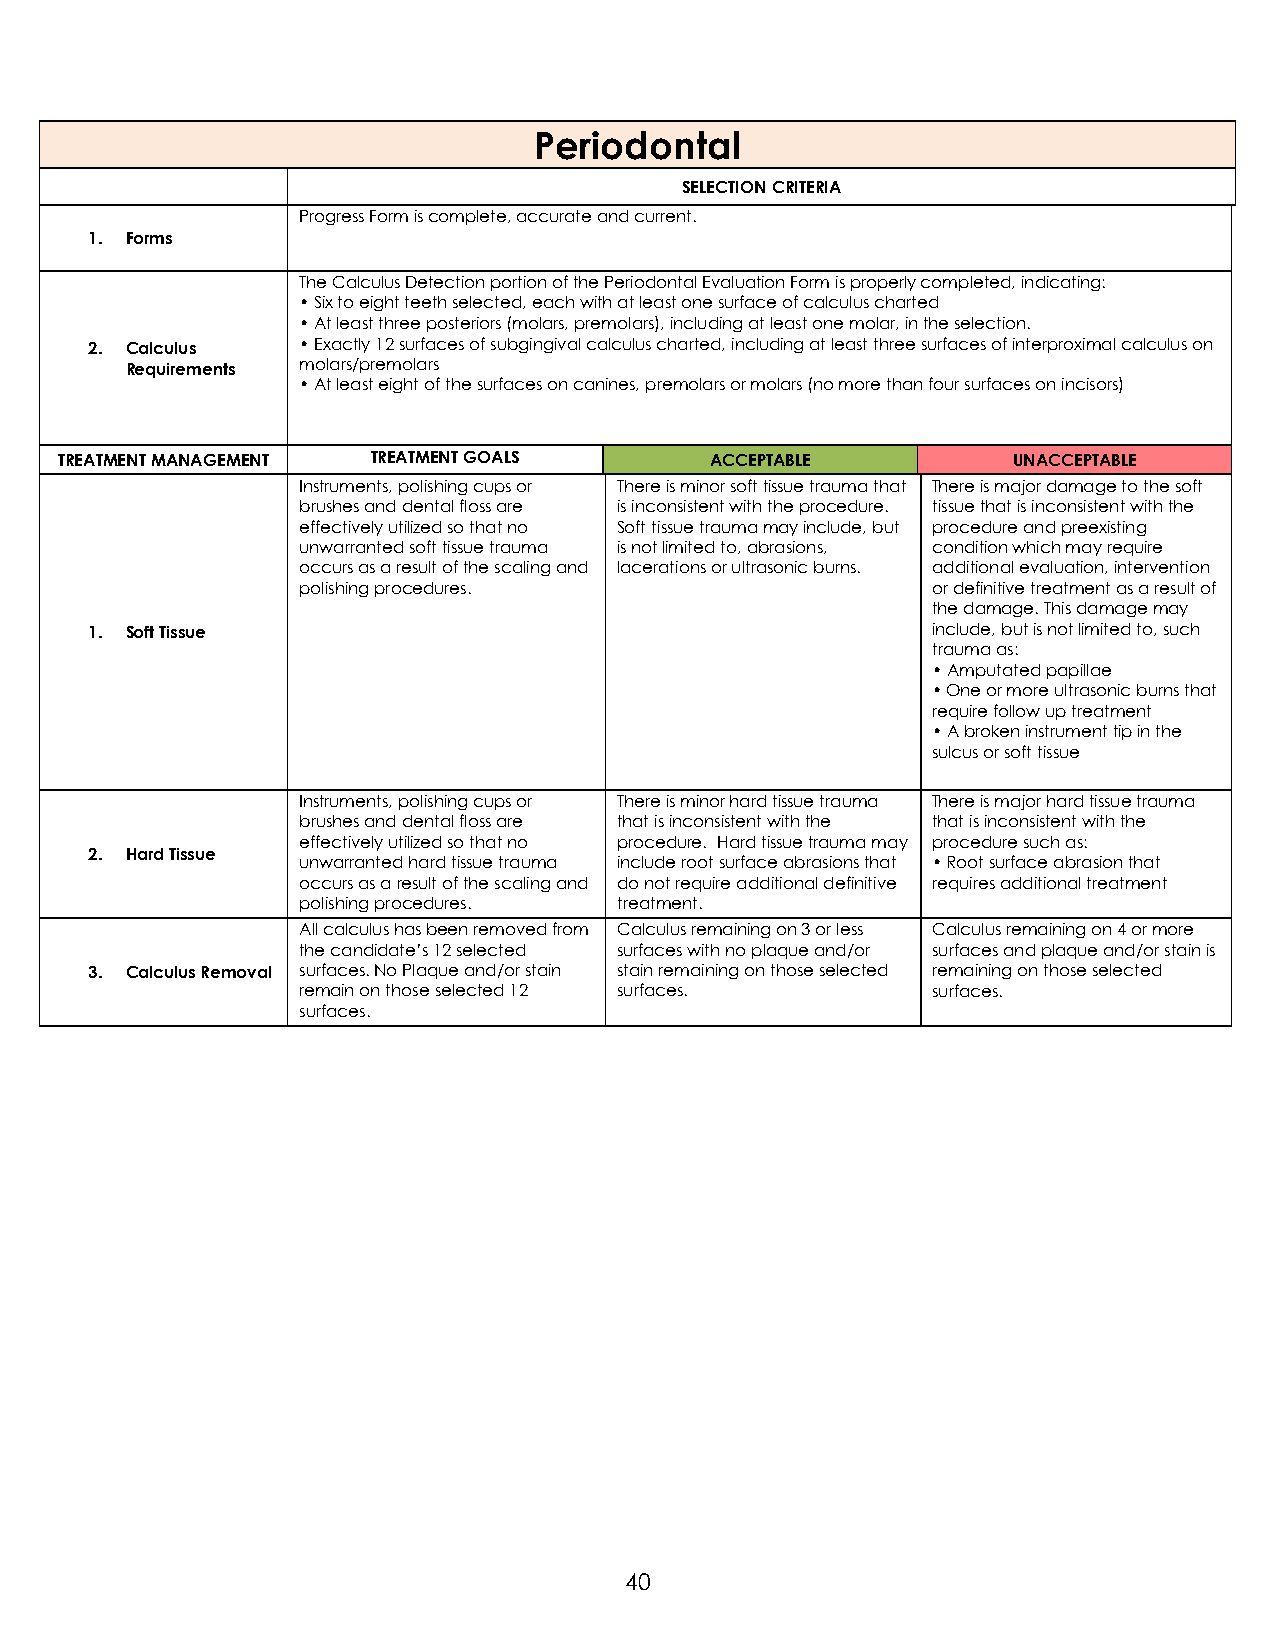
Periodontal
 SELECTION CRITERIA
 Progress Form is complete, accurate and current.
 1. Forms
 The Calculus Detection portion of the Periodontal Evaluation Form is properly completed, indicating:
 • Six to eight teeth selected, each with at least one surface of calculus charted
 • At least three posteriors (molars, premolars), including at least one molar, in the selection.
 2. Calculus   • Exactly 12 surfaces of subgingival calculus charted, including at least three surfaces of interproximal calculus on
 Requirements molars/premolars
 • At least eight of the surfaces on canines, premolars or molars (no more than four surfaces on incisors)
 TREATMENT MANAGEMENT TREATMENT GOALS       ACCEPTABLE          UNACCEPTABLE
 Instruments, polishing cups or There is minor soft tissue trauma that There is major damage to the soft
 brushes and dental floss are is inconsistent with the procedure. tissue that is inconsistent with the
 effectively utilized so that no Soft tissue trauma may include, but procedure and preexisting
 unwarranted soft tissue trauma is not limited to, abrasions, condition which may require
 occurs as a result of the scaling and lacerations or ultrasonic burns. additional evaluation, intervention
 polishing procedures.                     or definitive treatment as a result of
 the damage. This damage may
 1. Soft Tissue                                          include, but is not limited to, such
 trauma as:
 • Amputated papillae
 • One or more ultrasonic burns that
 require follow up treatment
 • A broken instrument tip in the
 sulcus or soft tissue
 Instruments, polishing cups or There is minor hard tissue trauma There is major hard tissue trauma
 brushes and dental floss are that is inconsistent with the that is inconsistent with the
 effectively utilized so that no procedure. Hard tissue trauma may procedure such as:
 2. Hard Tissue
 unwarranted hard tissue trauma include root surface abrasions that • Root surface abrasion that
 occurs as a result of the scaling and do not require additional definitive requires additional treatment
 polishing procedures. treatment.
 All calculus has been removed from Calculus remaining on 3 or less Calculus remaining on 4 or more
 the candidate’s 12 selected surfaces with no plaque and/or surfaces and plaque and/or stain is
 3. Calculus Removal surfaces. No Plaque and/or stain stain remaining on those selected remaining on those selected
 remain on those selected 12 surfaces.     surfaces.
 surfaces.
 40